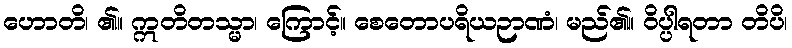
ဟောတိ၊ ၏။ ဣတိတသ္မာ၊ ကြောင့်။ စေတောပရိယဉာဏံ၊ မည်၏။ ဝိပ္ပါရတာ တိပိ၊